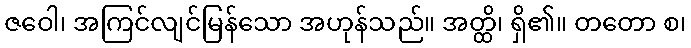
ဇဝေါ၊ အကြင်လျင်မြန်သော အဟုန်သည်။ အတ္ထိ၊ ရှိ၏။ တတော စ၊